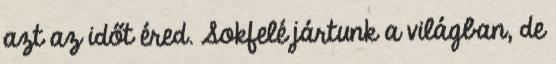
azt az időt éred. Sokfelé jártunk a világban, de